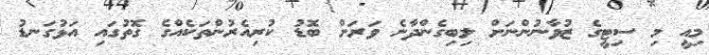
މިއީ މި ސިޓީގެ ޒުވާނުންނަށް ލިބިގެންދާނެ ވަރަށް ބޮޑު ކުރިއެރުންތަކެއްގެ ގޮތުގައި އަޅުގަނޑު